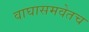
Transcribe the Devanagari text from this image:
वाघासमवेतच